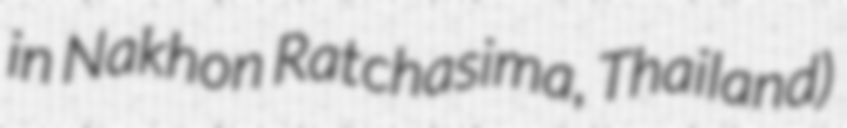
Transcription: in Nakhon Ratchasima, Thailand)